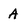
Character: A